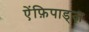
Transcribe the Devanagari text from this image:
ऐंफ़िपाड्ज़